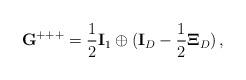
LaTeX: \begin{align*} {\bf G^{+++}}=\frac{1}{2}{\bf I}_1 \oplus ({\bf I}_D -\frac{1}{2}{\bf\Xi}_D)\, ,\end{align*}